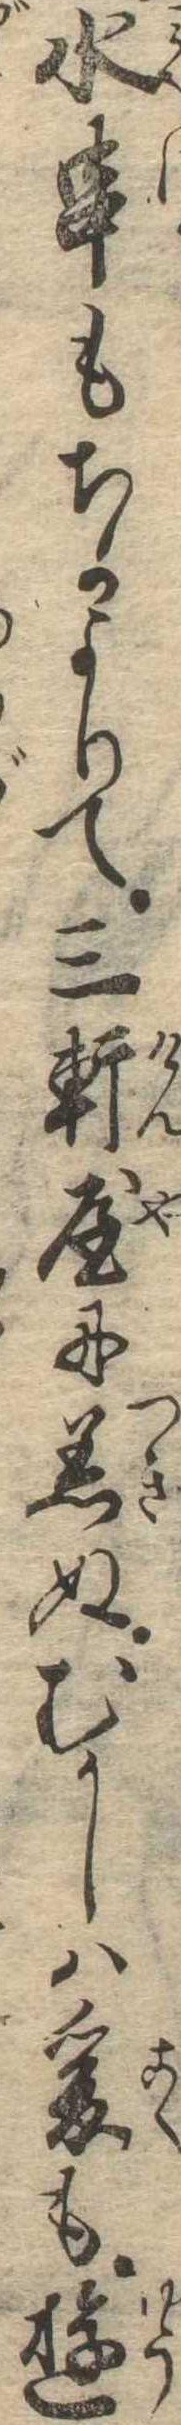
水串もちかよりて三軒屋に着ぬむかしは爰も遊